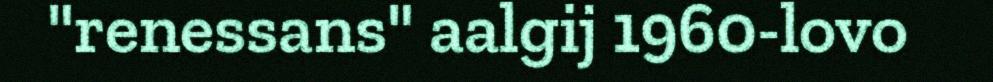
"renessans" aalgij 1960-lovo